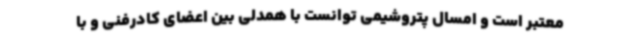
معتبر است و امسال پتروشیمی توانست با همدلی بین اعضای کادرفنی و با